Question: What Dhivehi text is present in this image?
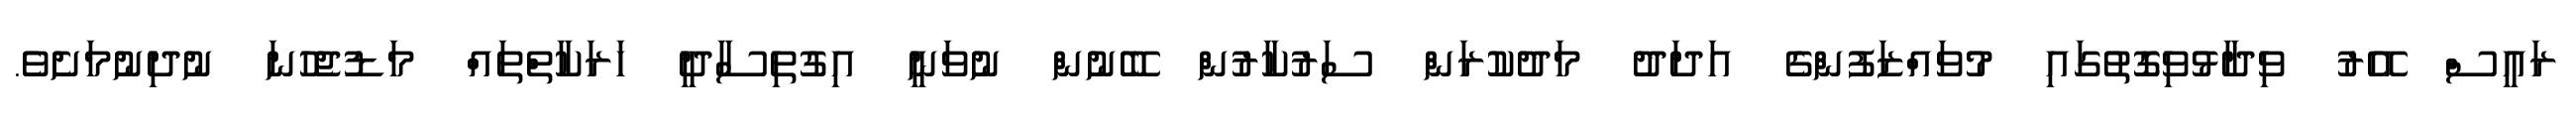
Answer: ރައީސް އޭރު ވިދާޅުވިގޮތުގައި މުވައްޒަފުންގެ އަދަދު މަދުކުރަން ސަރުކާރުން ބޭނުން ނުވަނީ އިގުތިސާދީ ހަރަކާތްތައް މަޑުޖެހުނަ ނުދިނުމަށެވެ.